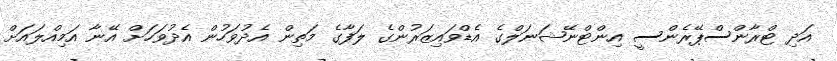
އަދި ޓްރާންސްޕޭރެންސީ އިންޓްނޭޝަނަލްގެ އެޑްވައިޒަރުންގެ ލަފާގެ މަތިން އެދުވަހުން އެދުވަހަށް އޭނާ އަމިއްލައަށް